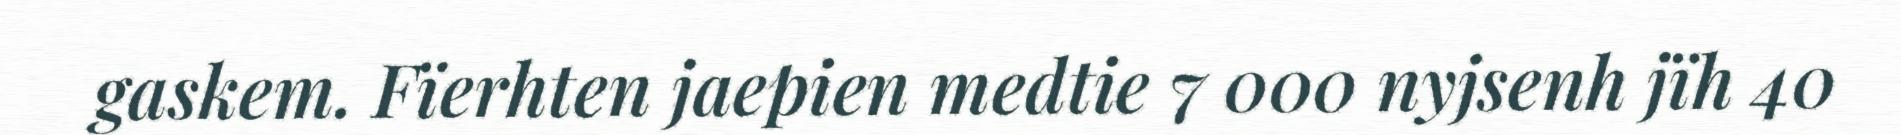
gaskem. Fïerhten jaepien medtie 7 000 nyjsenh jïh 40